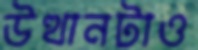
উত্থানটাও